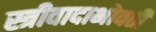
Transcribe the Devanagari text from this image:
स्त्रीवादाभोवती